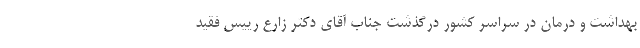
بهداشت و درمان در سراسر کشور درگذشت جناب آقای دکتر زارع رییس فقید